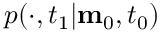
p ( \cdot , t _ { 1 } | \mathbf { m } _ { 0 } , t _ { 0 } )